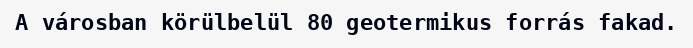
A városban körülbelül 80 geotermikus forrás fakad.